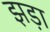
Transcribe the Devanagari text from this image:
झड़ा